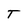
Character: T